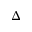
\Delta